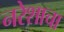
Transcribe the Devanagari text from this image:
नरेशाचा